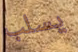
يسلب